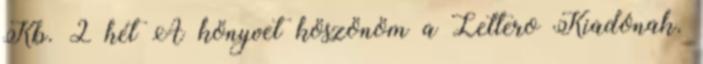
Kb. 2 hét A könyvet köszönöm a Lettero Kiadónak.